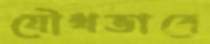
যৌথভাবে